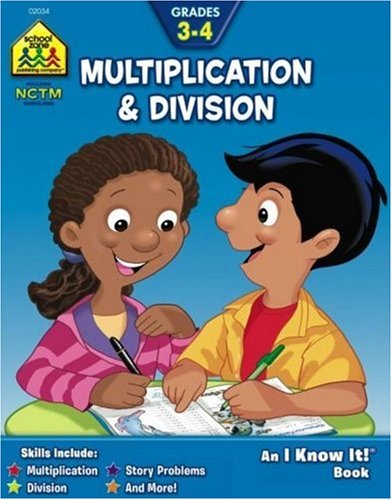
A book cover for Multiplication and Division Grades 3-4; Barbara Bando Irvin; Children's Books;